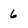
Character: 6